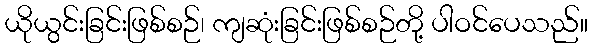
ယိုယွင်းခြင်းဖြစ်စဉ်၊ ကျဆုံးခြင်းဖြစ်စဉ်တို့ ပါဝင်ပေသည်။